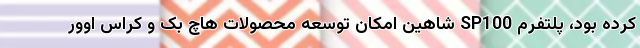
کرده بود، پلتفرم SP100 شاهین امکان توسعه محصولات هاچ بک و کراس اوور